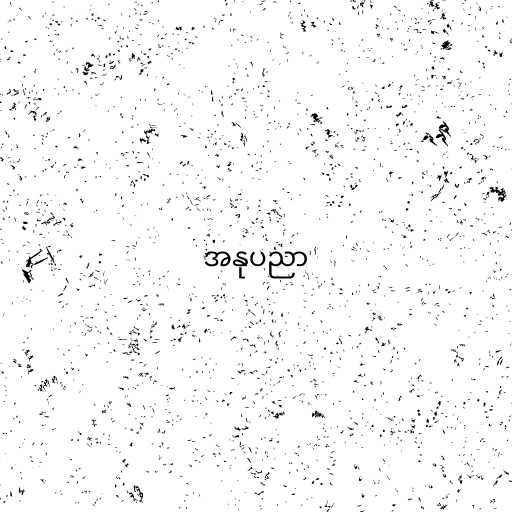
အနုပညာ